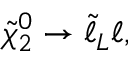
\tilde { \chi } _ { 2 } ^ { 0 } \rightarrow \tilde { \ell } _ { L } \ell ,